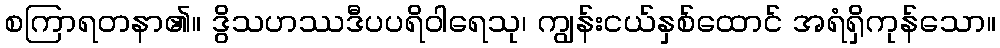
စကြာရတနာ၏။ ဒွိသဟဿဒီပပရိဝါရေသု၊ ကျွန်းငယ်နှစ်ထောင် အရံရှိကုန်သော။